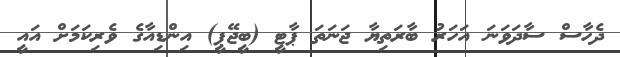
ދެހާސް ސާދަވަނަ އަހަރު ބާރަތިޔާ ޖަނަތަ ޕާޓީ (ބީޖޭޕީ) އިންޑިއާގެ ވެރިކަމަށް އައީ